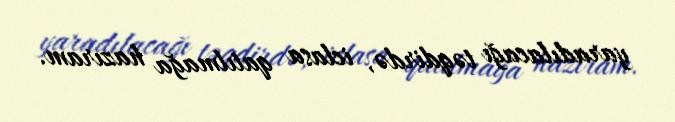
yaradılacağı təqdirdə, iclasa qatılmağa hazıram.